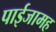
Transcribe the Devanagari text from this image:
पाईजामह